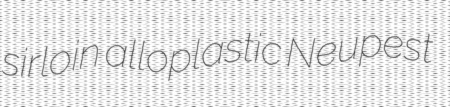
sirloin alloplastic Neupest